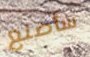
سأصنع